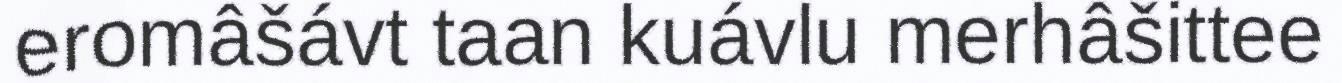
eromâšávt taan kuávlu merhâšittee